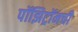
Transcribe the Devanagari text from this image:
पॉझिट्रॉनची